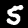
Digit: 5